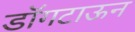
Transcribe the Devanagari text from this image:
डॉगटाऊन